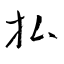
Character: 払